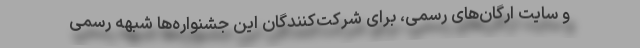
و سایت ارگان‌های رسمی، برای شرکت‌کنندگان این جشنواره‌ها شبهه رسمی